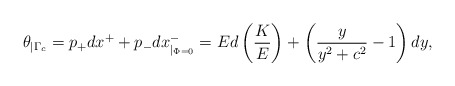
\begin{align*}\theta_{\mid \Gamma_{c}}=p_+dx^++p_-dx^-_{\mid_{\Phi=0}}=Ed\left (\frac{K}{E}\right )+\left (\frac{y}{y^2+c^2}-1\right )dy,\end{align*}